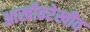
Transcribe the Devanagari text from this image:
आखीवरेखीव